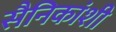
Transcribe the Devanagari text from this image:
सैनिकांशी